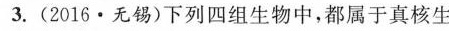
3.(2016·无锡)下列四组生物中，都属于真核生